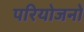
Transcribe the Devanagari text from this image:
परियोजनो